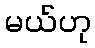
မယ်ဟု